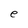
Character: e